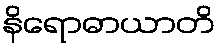
နိရောဓာယာတိ